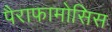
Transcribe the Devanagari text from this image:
पैराफामोसिस